Vaccination North-Western Provinces 1866-1877 - 1866-1877
Year: 1866
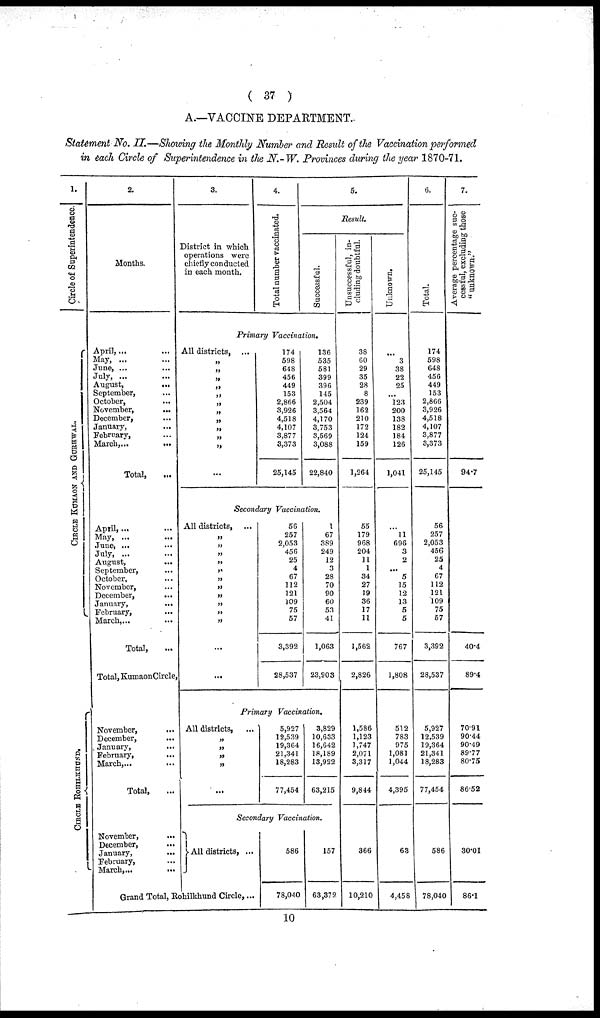
( 37 )
A.—VACCINE DEPARTMENT.
Statement No. II.—Showing the Monthly Number and Result of the Vaccination performed
in each Circle of Superintendence in the N.-W. Provinces during the year 1870-71.
1.
Circle of Superintendence.
CIRCLE KUMAON AND GURHWAL.
CIRCLE ROHILKHUND.
2.
Months.
April, ... ...
May, ... ...
June, ... ...
July, ... ...
August,
...
September, ...
October, ...
November,
...
December, ...
January, ...
February, ...
March, ... ...
Total, ...
April, ... ...
May, ...
...
June, ... ...
July, ... ...
August,
...
September, ...
October, ...
November, ...
December, ...
January,
...
February, ...
March,... ...
Total, ...
Total, Kumaon Circle,
November, ...
December,
...
January,
...
February, ...
March,... ...
Total, ...
November,
...
December,
...
January,
...
February, ...
March,...
...
3.
District in which
operations were
chiefly conducted
in each month.
4.
Total number vaccinated.
5.
Result.
Successful.
Primary Vaccination.
All districts, ...
„
„
„
„
„
„
„
„
„
„
„
...
174
598
648
456
449
153
2,866
3,926
4,518
4,107
3,877
3,373
25,145
136
535
581
399
396
145
2,504
3,564
4,170
3,753
3,569
3,088
22,840
Secondary Vaccination.
All districts, ...
„
„
„
„
„
„
„
„
„
„
„
...
...
56
257
2,053
456
25
4
67
112
121
109
75
57
3,392
28,537
1
67
389
249
12
3
28
70
90
60
53
41
1,063
23,903
Primary Vaccination.
All districts,
„
„
„
„
...
5,927
12,539
19,364
21,341
18,283
77,454
3,829
10,633
16,642
18,189
13,922
63,215
Secondary Vaccination.
All districts, ...
Grand Total, Rohilkhund Circle, ...
586
78,040
157
63,372
Unsuccessful, in-
cluding doubtful.
38
60
29
35
28
8
239
162
210
172
124
159
1,264
55
179
968
204
11
1
34
27
19
36
17
11
1,562
2,826
1,586
1,123
1,747
2,071
3,317
9,844
366
10,210
Unknown.
...
3
38
22
25
...
123
200
138
182
184
126
1,041
...
11
696
3
2
... 5
15
12
13
5
5
767
1,808
512
783
975
1,081
1,044
4,395
63
4,458
6.
Total.
174
598
648
456
449
153
2,866
3,926
4,518
4,107
3,877
3,373
25,145
56
257
2,053
456
25
4
67
112
121
109
75
57
3,392
28,537
5,927
12,539
19,364
21,341
18,283
77,454
586
78,040
7.
Average percentage suc-
cessful, excluding those
"unknown."
94.7
40.4
89.4
70.91
90.44
90.49
89.77
80.75
86.52
30.01
86.1
10